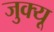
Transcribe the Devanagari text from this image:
जुक्यू